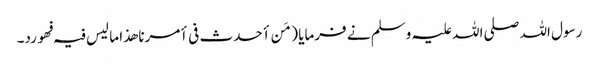
رسول اللہ صلی اللہ علیہ وسلم نے فرمایا ( مَن أحدث فی أمرنا ھذا ما لیس فیہ فھو رد۔